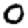
Digit: 0